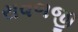
રાવળજી